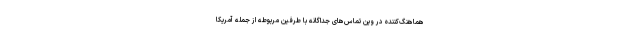
هماهنگ‌کننده در وین تماس‌های جداگانه با طرفین مربوطه از جمله آمریکا